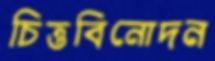
চিত্তবিনোদন